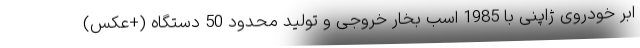
ابر خودروی ژاپنی با 1985 اسب بخار خروجی و تولید محدود 50 دستگاه (+عکس)